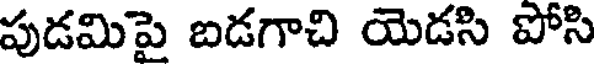
పుడమిపై బడగాచి యెడసి పోసి